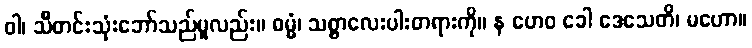
ဝါ၊ သိီတင်းသုံးဘော်သည်မူလည်း။ ဓမ္မံ၊ သစ္စာလေးပါးတရားကို။ န ဟေဝ ခေါ ဒေသေတိ၊ မဟော။